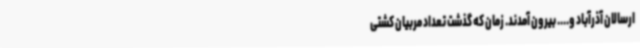
ارسالان آذرآباد و.... بیرون آمدند. زمان که گذشت تعداد مربیان کشتی